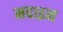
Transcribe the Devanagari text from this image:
मदाइन